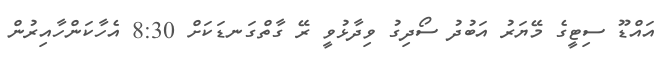
އައްޑޫ ސިޓީގެ މޭޔަރު އަބުދު ސޯދިގު ވިދާޅުވީ ރޭ ގާތްގަނޑަކަށް 8:30 އެހާކަންހާއިރުން